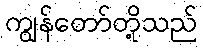
ကျွန်တော်တို့သည်